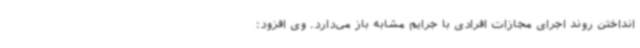
انداختن روند اجرای مجازات افرادی با جرایم مشابه باز می‌دارد. وی افزود: